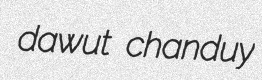
dawut chanduy